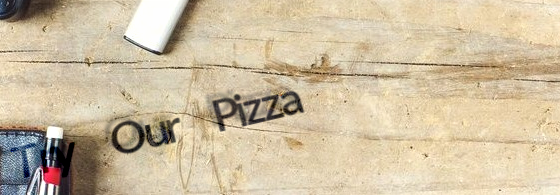
Try Our Pizza